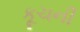
કૂચની